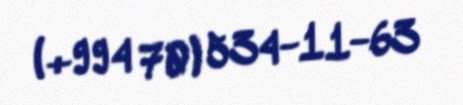
(+994 70) 534-11-63